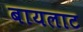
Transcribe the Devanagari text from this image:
बायलाट